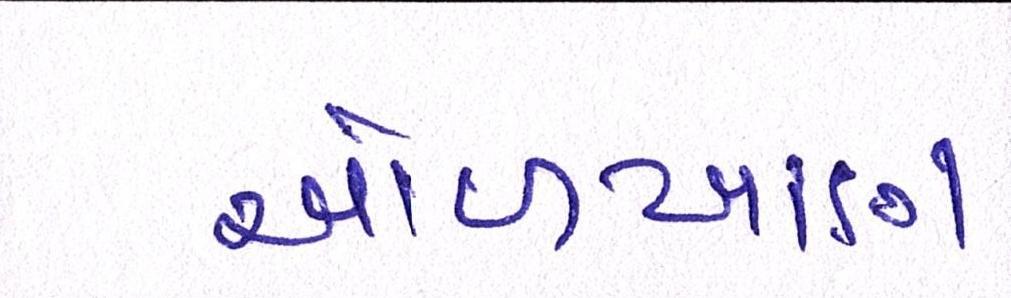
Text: ઓળખાણ